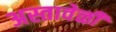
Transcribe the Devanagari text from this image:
अस्तावेळी